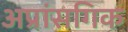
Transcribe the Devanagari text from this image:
अप्रांसगिक